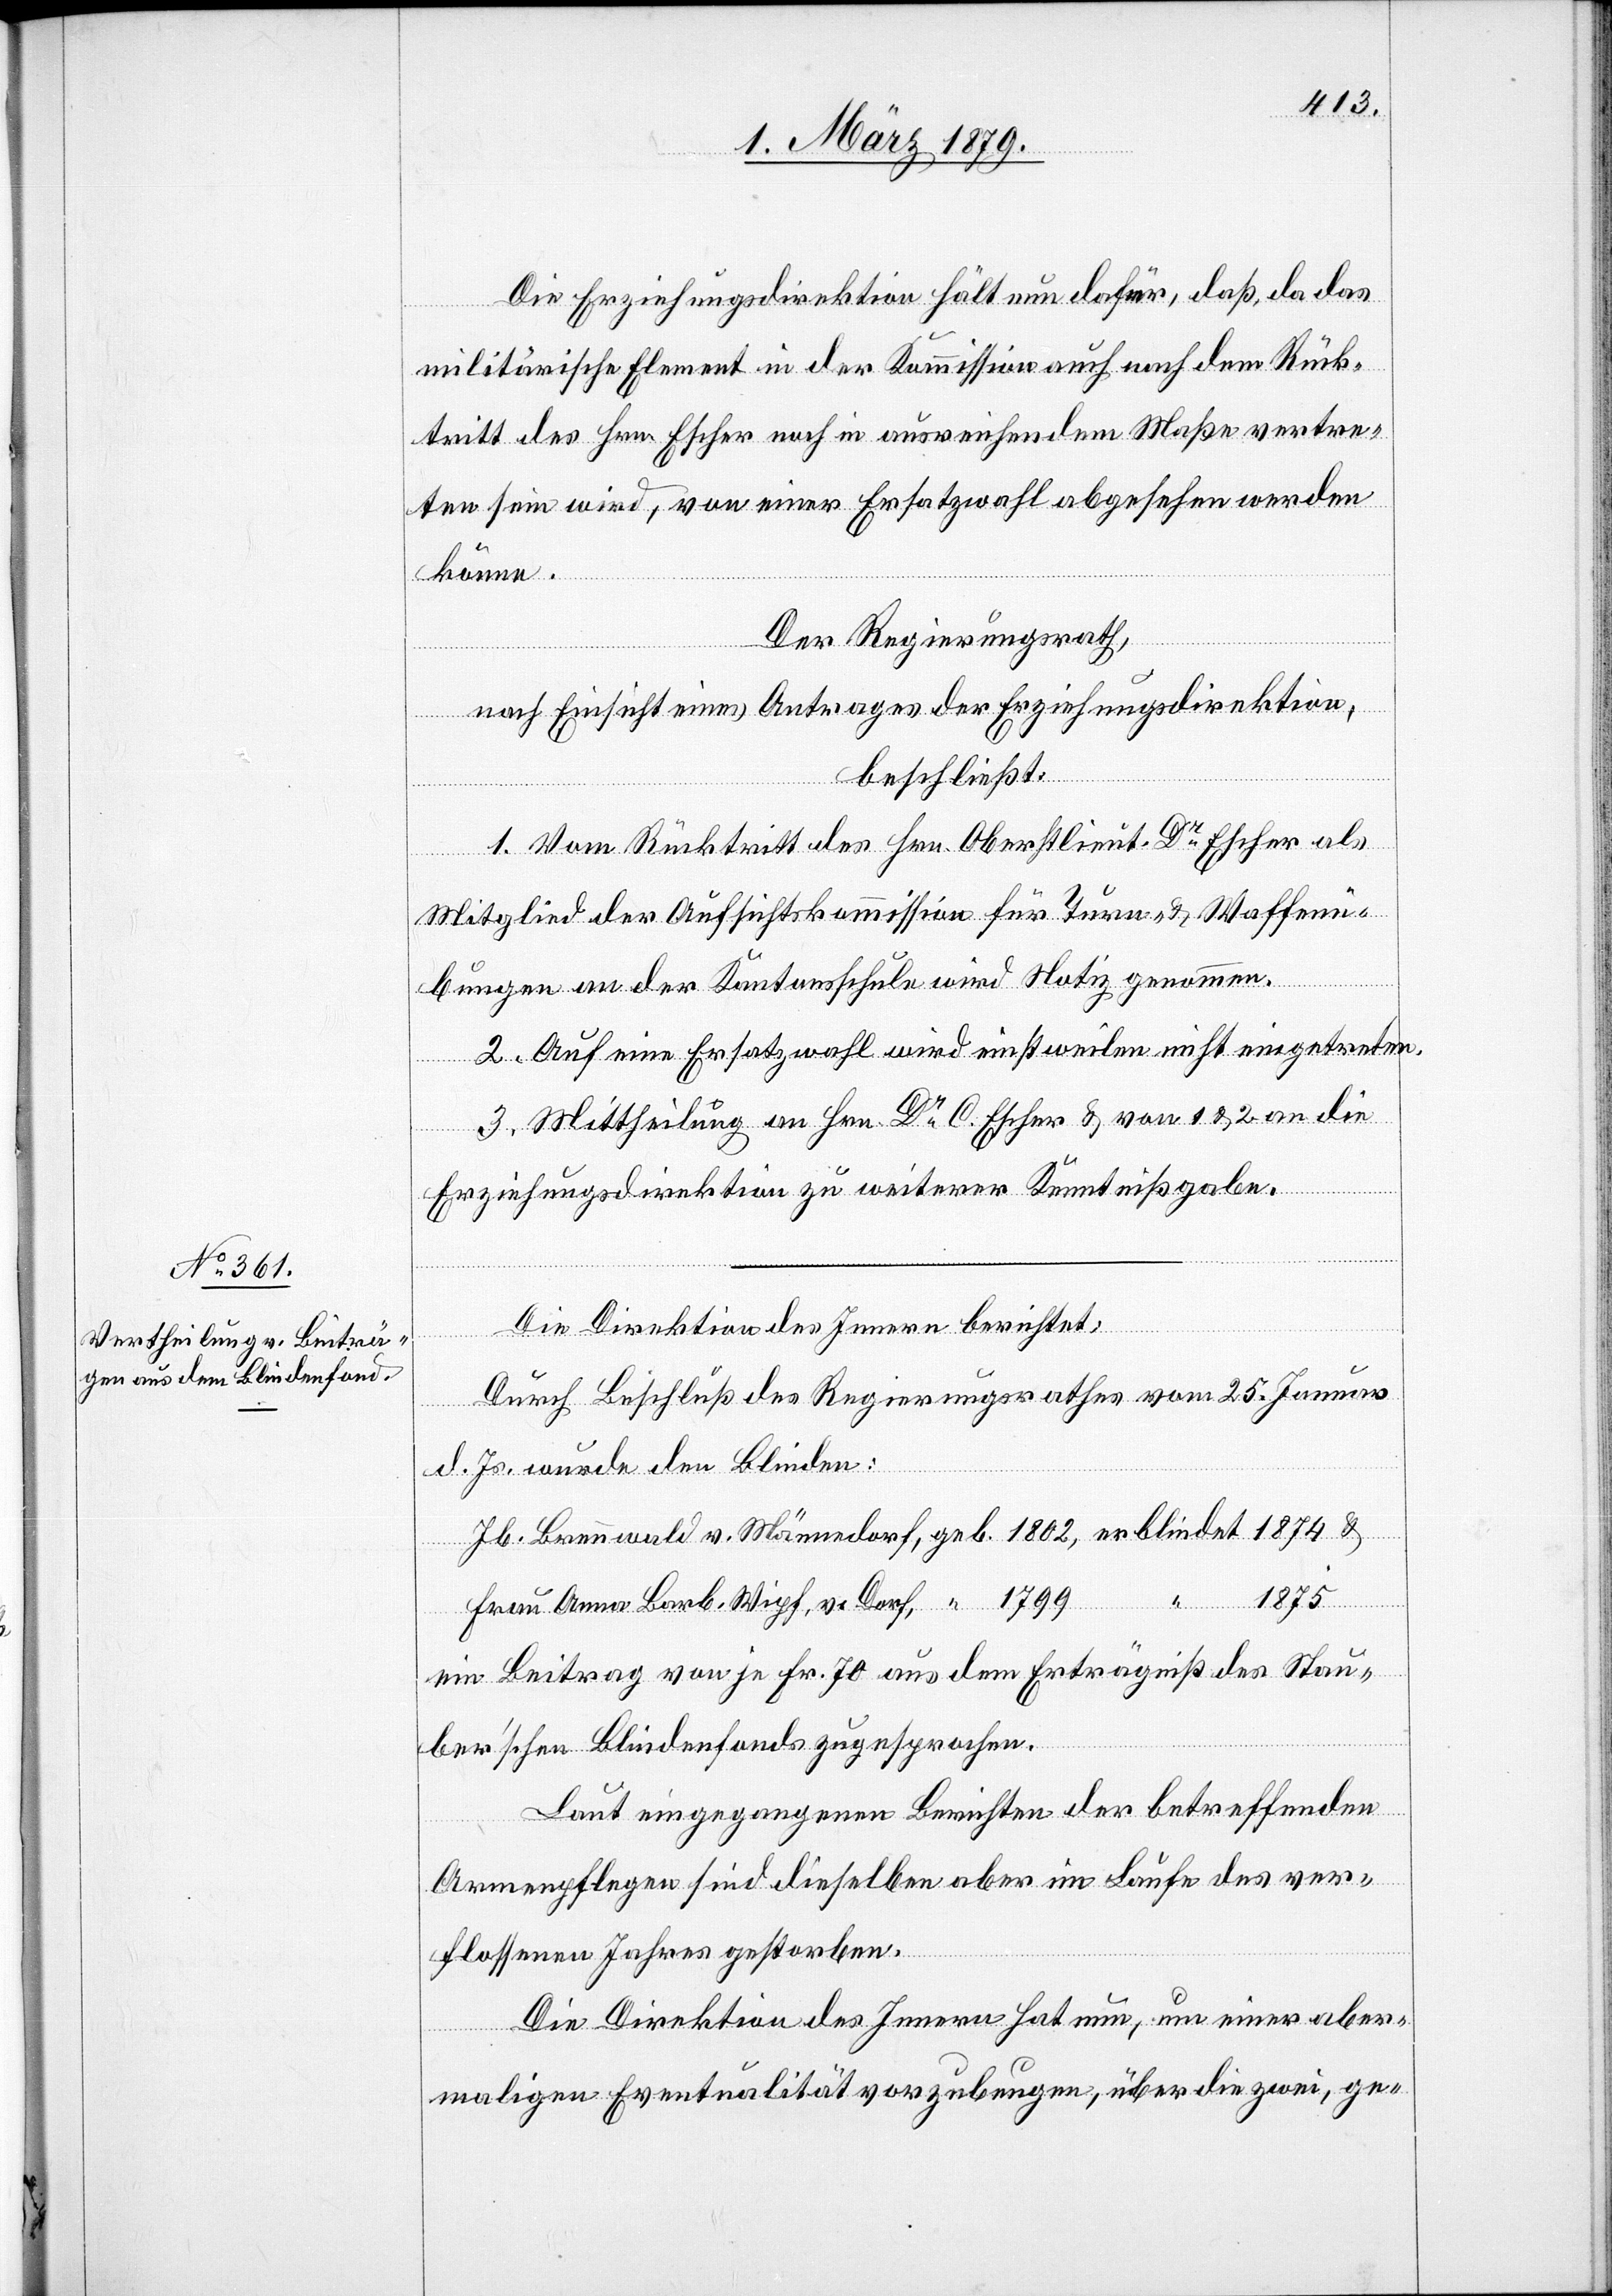
Die Erziehungsdirektion hält nun dafür, daß, da das
militärische Element in der Kommission auch nach dem Rück¬
tritt des Hrn. Escher noch in ausreichendem Maße vertre¬
ten sein wird, von einer Ersatzwahl abgesehen werden
könne.
Der Regierungsrath,
nach Einsicht eines Antrages der Erziehungsdirektion,
beschließt:
1. Vom Rücktritt des Hrn. Oberstlieut. Dr Escher als
Mitglied der Aufsichtskommission für Turn- & Waffenü¬
bungen an der Kantonsschule wird Notiz genommen.
2. Auf eine Ersatzwahl wird einstweilen nicht eingetreten.
3. Mittheilung an Hrn. Dr C. Escher & von 1 & 2 an die
Erziehungsdirektion zu weiterer Kenntnißgabe.
Die Direktion des Innern berichtet:
Durch Beschluß des Regierungsrathes vom 25. Januar
d. Js. wurde den Blinden:
Jb. Brennwald v. Männedorf, geb. 1802, erblindet 1874 &
“ 1875
Frau Anna Barb. Wipf, v. Dorf, “ 1799,
ein Beitrag von je Fr. 70 aus dem Erträgniß des Stau¬
ber’schen Blindenfonds zugesprochen.
Laut eingegangenen Berichten der betreffenden
Armenpflegen sind dieselben aber im Laufe des ver¬
flossenen Jahres gestorben.
Die Direktion des Innern hat nun, um einer aber¬
maligen Eventualität vorzubeugen, über die zwei, ge-